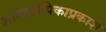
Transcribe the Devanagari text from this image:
शास्त्रदीपिकाप्रकाश